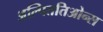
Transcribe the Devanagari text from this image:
अल्पिततिओन्स